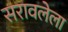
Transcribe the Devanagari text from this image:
सरावलेला